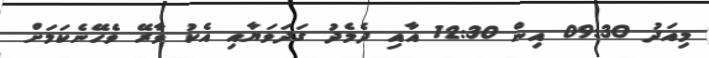
މިއަދު 09:30 އިން 12:30 އާއި ދެމެދު ގަދަވަޔާއި އެކު ވާރޭ ވެހޭނެކަމަށް